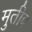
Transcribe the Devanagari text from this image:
मुतीब